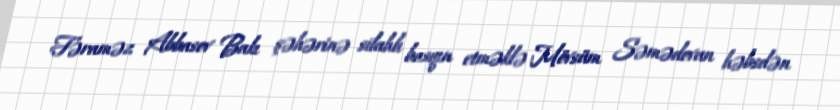
Fəraməz Abbasov Bakı şəhərinə silahlı basqın etməklə Mövsüm Səmədovun həbsdən